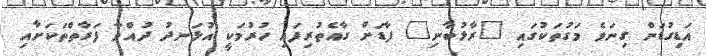
އަޑިގުޑަން ގިނަވެ މަގުތަކުގައި "ރާޅުބާނި" ފާޑަށް ގާއެތުރިފައި ހުރުމަކީ އުޅަނދު ދުއްވާ ފަރާތްތަކަށާއި